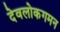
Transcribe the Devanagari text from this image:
देवलोकगमन